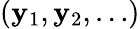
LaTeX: ({\boldsymbol{\mathbf{y}}}_{1},{\boldsymbol{\mathbf{y}}}_{2},\dots)